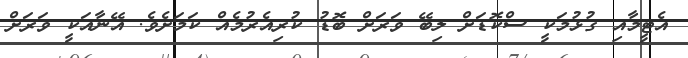
އެޓީމާއި ގުޅުމަކީ ސްކޮޑަށް ލިބޭ ވަރަށް ބޮޑު ކުރިއެރުމެއް ކަމަށެވެ. އޭނާއަކީ ވަރަށް